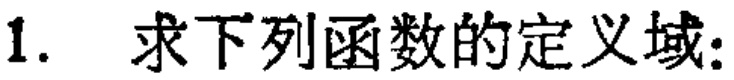
1. 求下列函数的定义域: